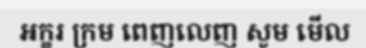
អក្ខរ ក្រម ពេញលេញ សូម មើល